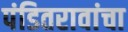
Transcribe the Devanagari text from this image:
पंडितरावांचा